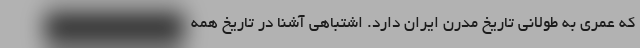
که عمری به طولانی تاریخ مدرن ایران دارد. اشتباهی آشنا در تاریخ همه